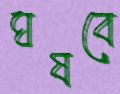
ঘষবে